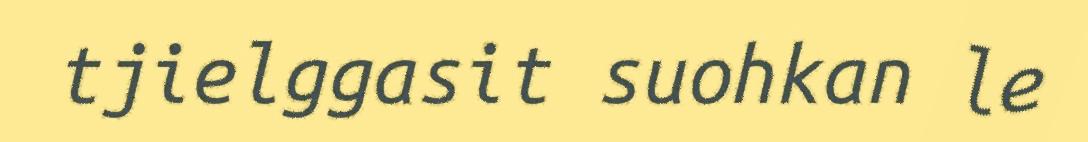
tjielggasit suohkan le